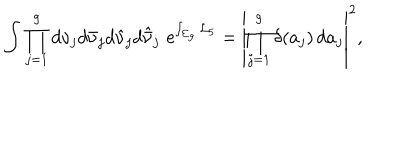
\int \prod _ { j = 1 } ^ { g } d \nu _ { j } d \bar { \nu } _ { j } d \hat { \nu } _ { j } d \hat { \bar { \nu } } _ { j } \, \, \mathrm { e } ^ { \int _ { \Sigma _ { g } } { \cal L } _ { 5 } } = \left| \prod _ { j = 1 } ^ { g } \delta ( a _ { j } ) \, d a _ { j } \right| ^ { 2 } ,